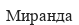
Миранда